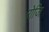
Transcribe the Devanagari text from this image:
रोजि